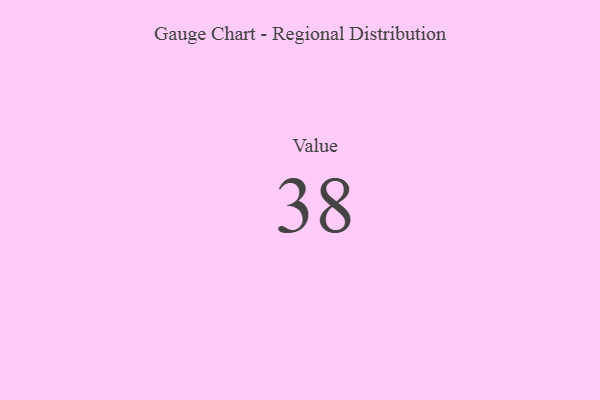
{"axis": {"x": "Metric", "y": "Value"}, "legend": [""], "data": [{"x": "Value", "y": 38, "type": ""}]}